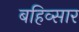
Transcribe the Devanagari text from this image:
बहिव्सार